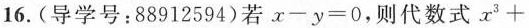
16.(导学号：88912594)若$$x - y = 0$$，则代数式$$x ^ { 3 } +